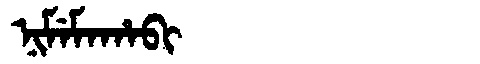
Manchu: ᠨᡳᠮᡝᠮᠠᡥᠠᠪᡳ
Romanization: NIMEMAHABI